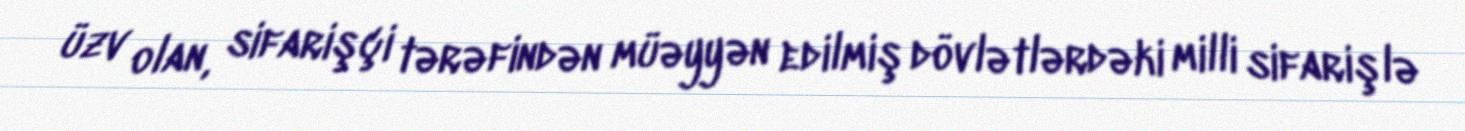
üzv olan, sifarişçi tərəfindən müəyyən edilmiş dövlətlərdəki milli sifarişlə